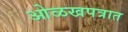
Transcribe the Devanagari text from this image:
ओळखपत्रात